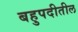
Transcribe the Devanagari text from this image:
बहुपदीतील